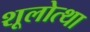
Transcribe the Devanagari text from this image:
शूलोत्था